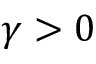
\gamma > 0